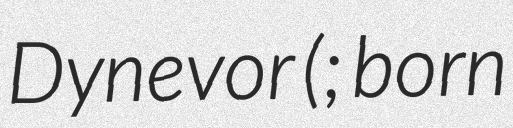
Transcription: Dynevor (; born